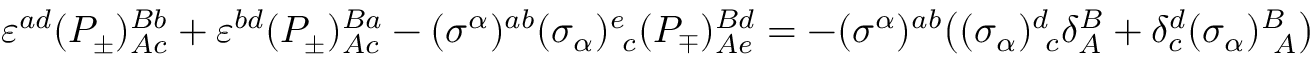
\varepsilon ^ { a d } ( P _ { \pm } ) _ { A c } ^ { B b } + \varepsilon ^ { b d } ( P _ { \pm } ) _ { A c } ^ { B a } - ( \sigma ^ { \alpha } ) ^ { a b } ( \sigma _ { \alpha } ) _ { ~ c } ^ { e } ( P _ { \mp } ) _ { A e } ^ { B d } = - ( \sigma ^ { \alpha } ) ^ { a b } \bigr ( ( \sigma _ { \alpha } ) _ { ~ c } ^ { d } \delta _ { A } ^ { B } + \delta _ { c } ^ { d } ( \sigma _ { \alpha } ) _ { ~ A } ^ { B } \bigr )